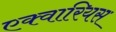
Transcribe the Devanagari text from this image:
एक्वारियस